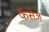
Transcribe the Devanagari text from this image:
फैसेज